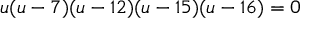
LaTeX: u ( u - 7 ) ( u - 1 2 ) ( u - 1 5 ) ( u - 1 6 ) = 0